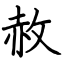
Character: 赦